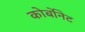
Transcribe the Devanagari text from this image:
कोर्बोनेट